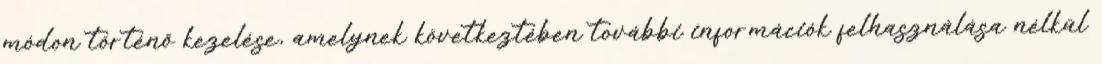
módon történő kezelése, amelynek következtében további információk felhasználása nélkül